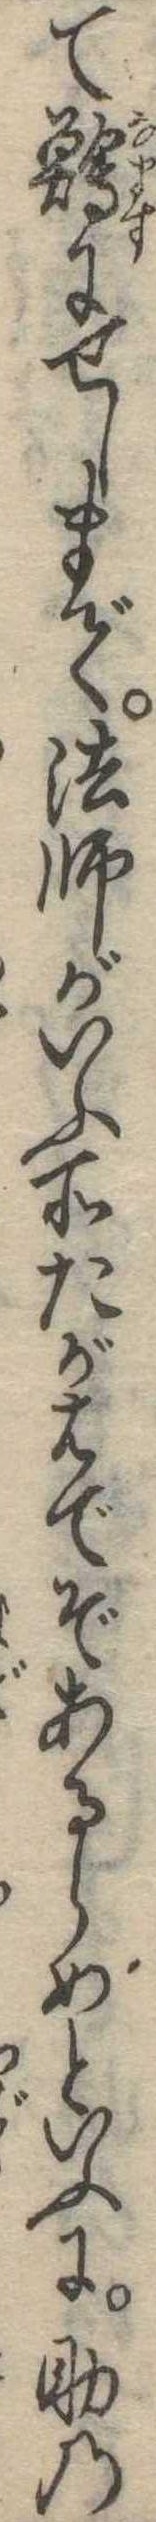
て鱠にせしまで法師がいふ所たがはでぞあるらめといふに助の